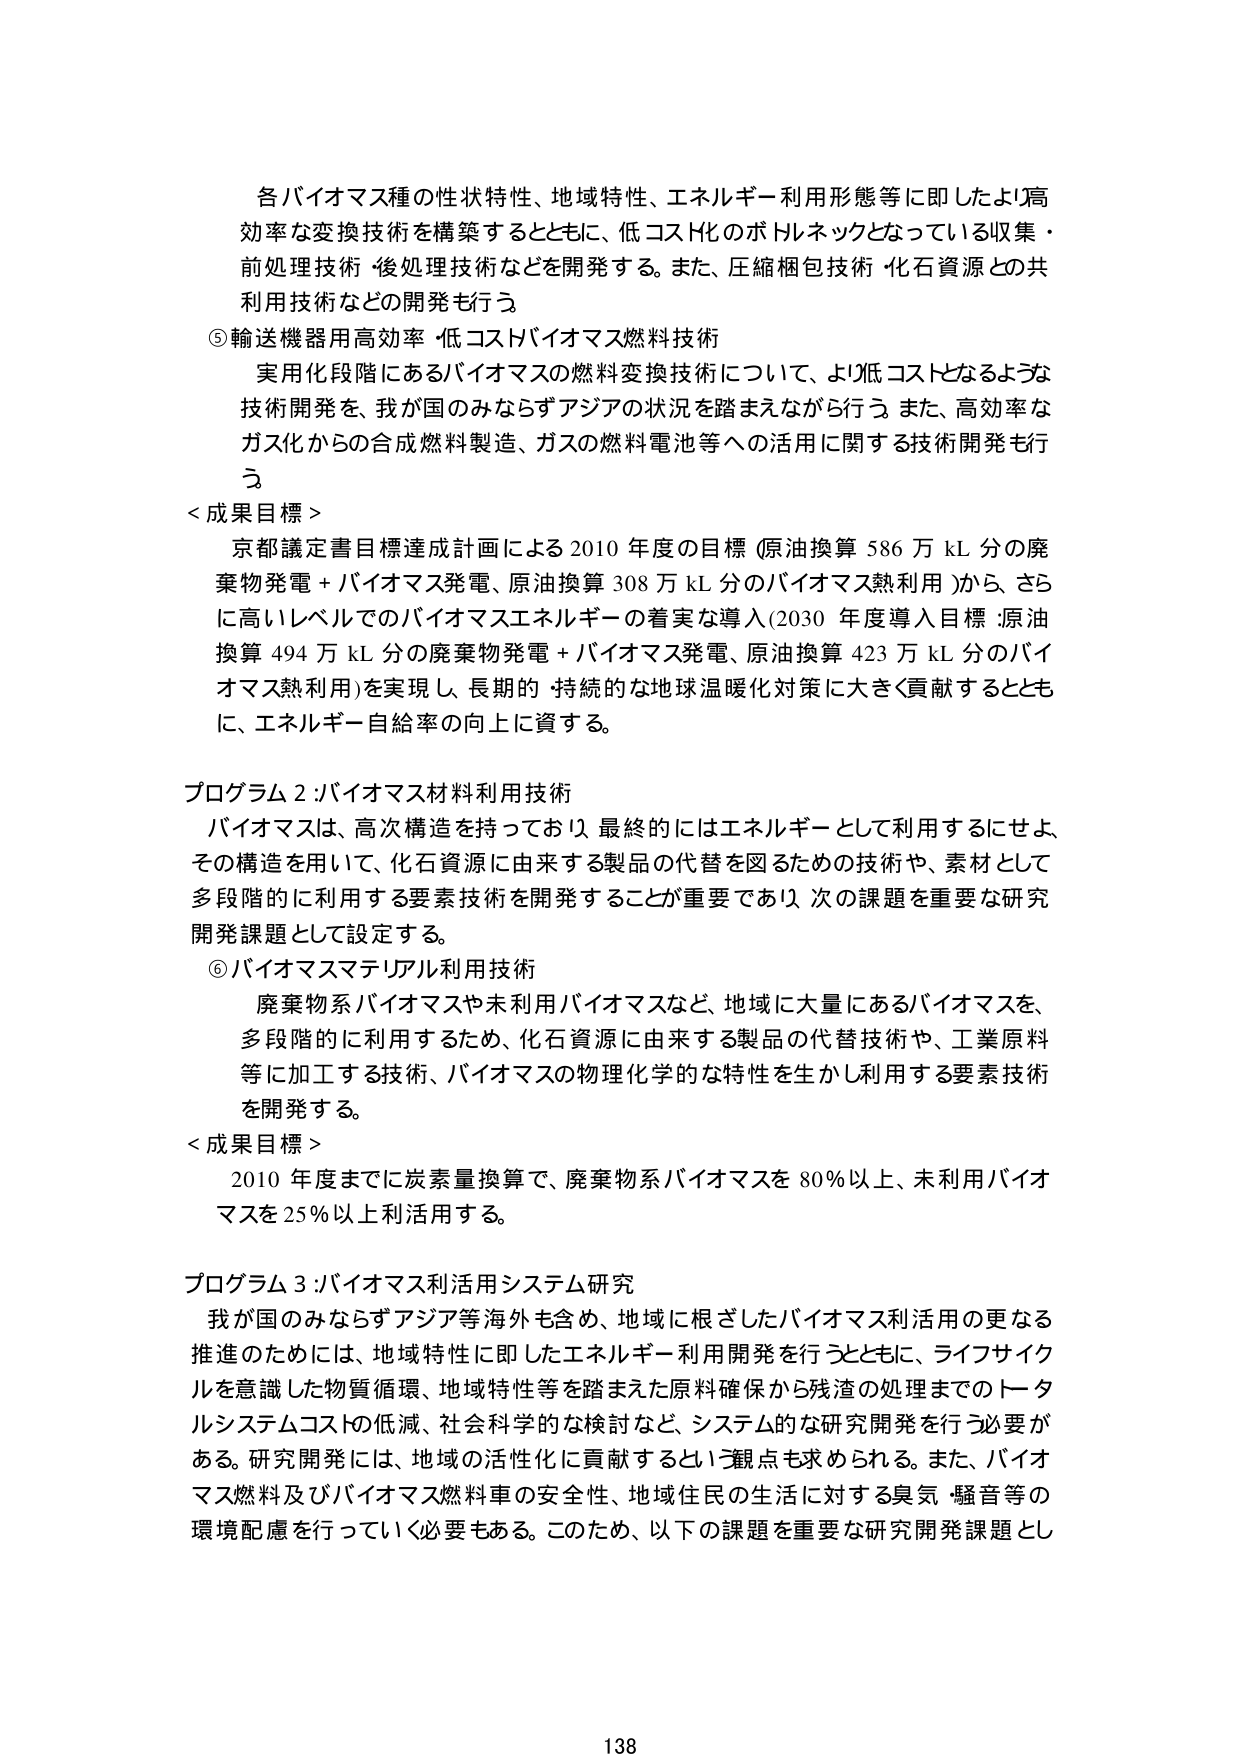
各バイオマス種の性状特性、地域特性、エネルギー利用形態等に即したより高効率な変換技術を構築するとともに、低コスト化のボトルネックとなっている収集・前処理技術・後処理技術などを開発する。また、圧縮梱包技術・化石資源との共利用技術などの開発も行う。

⑤ 輸送機器用高効率・低コストバイオマス燃料技術
実用化段階にあるバイオマスの燃料変換技術について、より低コストとなるような技術開発を、我が国のみならずアジアの状況を踏まえながら行う。また、高効率なガス化からの合成燃料製造、ガスの燃料電池等への活用に関する技術開発も行う。

＜成果目標＞
京都議定書目標達成計画による2010年度の目標（原油換算586万kL分の廃棄物発電＋バイオマス発電、原油換算308万kL分のバイオマス熱利用）から、さらに高いレベルでのバイオマスエネルギーの着実な導入（2030年度導入目標：原油換算494万kL分の廃棄物発電＋バイオマス発電、原油換算423万kL分のバイオマス熱利用）を実現し、長期的・持続的な地球温暖化対策に大きく貢献するとともに、エネルギー自給率の向上に資する。

プログラム2：バイオマス材料利用技術
バイオマスは、高次構造を持っており、最終的にはエネルギーとして利用するにせよ、その構造を用いて、化石資源に由来する製品の代替を図るための技術や、素材として多段階的に利用する要素技術を開発することが重要であり、次の課題を重要な研究開発課題として設定する。

⑥ バイオマスマテリアル利用技術
廃棄物系バイオマスや未利用バイオマスなど、地域に大量にあるバイオマスを、多段階的に利用するため、化石資源に由来する製品の代替技術や、工業原料等に加工する技術、バイオマスの物理化学的な特性を生かし利用する要素技術を開発する。

＜成果目標＞
2010年度までに炭素量換算で、廃棄物系バイオマスを80％以上、未利用バイオマスを25％以上利活用する。

プログラム3：バイオマス利活用システム研究
我が国のみならずアジア等海外も含め、地域に根ざしたバイオマス利活用の更なる推進のためには、地域特性に即したエネルギー利用開発を行うとともに、ライフサイクルを意識した物質循環、地域特性等を踏まえた原料確保から残渣の処理までのトータルシステムコストの低減、社会科学的な検討など、システム的な研究開発を行う必要がある。研究開発には、地域の活性化に貢献するという観点も求められる。また、バイオマス燃料及びバイオマス燃料車の安全性、地域住民の生活に対する臭気・騒音等の環境配慮を行っていく必要もある。このため、以下の課題を重要な研究開発課題とし

138